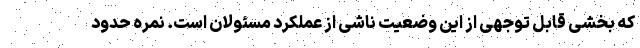
که بخشی قابل توجهی از این وضعیت ناشی از عملکرد مسئولان است. نمره حدود